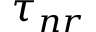
\tau _ { n r }